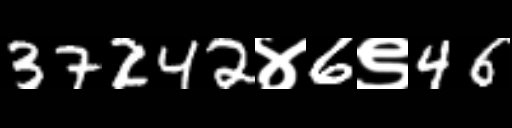
Text: 37242४6९46